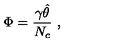
\Phi = \frac { \gamma \hat { \theta } } { N _ { c } } \ ,